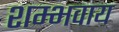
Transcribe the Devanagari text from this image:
शम्भवाय